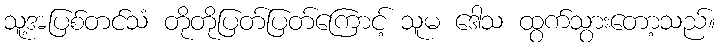
သူ့အပြစ်တင်သံ တိုတိုပြတ်ပြတ်ကြောင့် သူမ ဒေါသ ထွက်သွားတော့သည်။